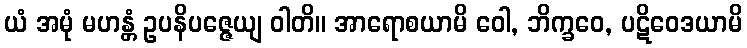
ယံ အမုံ မဟန္တံ ဥပနိပဇ္ဇေယျ ဝါတိ။ အာရောစယာမိ ဝေါ, ဘိက္ခဝေ, ပဋိဝေဒယာမိ